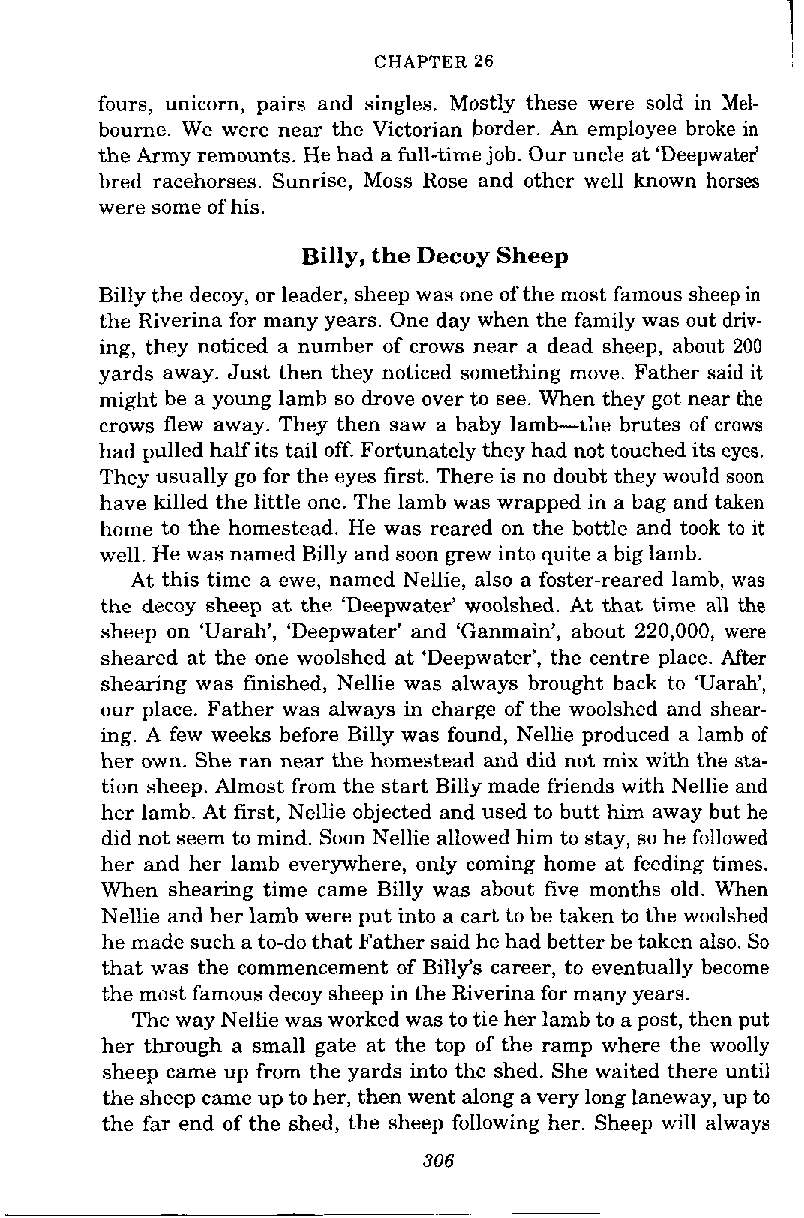
CHAPTER 26
 fours, unicorn, pairs and singles. Mostly these were sold in Mel-
 bourne. We were near the Victorian border. An employee broke in
 the Army remounts. He had a full-time job. Our uncle at 'Deepwater'
 bred racehorses. Sunrise, Moss Rose and other well known horses
 were some of his.
 Billy, the Decoy Sheep
 Billy the decoy, or leader, sheep was one of the most famous sheep in
 the Riverina for many years. One day when the family was out driv-
 ing, they noticed a number of crows near a dead sheep, about 200
 yards away. Just then they noticed something move. Father said it
 might be a young lamb so drove over to see. When they got near the
 crows flew away. They then saw a baby lamb--the brutes of crows
 had pulled half its tail off. Fortunately they had not touched its eyes.
 They usually go for the eyes first. There is no doubt they would soon
 have killed the little one. The lamb was wrapped in a bag and taken
 home to the homestead. He was reared on the bottle and took to it
 well. He was named Billy and soon grew into quite a big lamb.
 At this time a ewe, named Nellie, also a foster-reared lamb, was
 the decoy sheep at the 'Deepwater' woolshed. At that time all the
 sheep on 'Uarah', 'Deepwater' and 'Ganmain', about 220,000, were
 sheared at the one woolshed at 'Deepwater', the centre place. After
 shearing was finished, Nellie was always brought back to 'Uarah',
 our place. Father was always in charge of the woolshed and shear-
 ing. A few weeks before Billy was found, Nellie produced a lamb of
 her own. She ran near the homestead and did not mix with the sta-
 tion sheep. Almost from the start Billy made friends with Nellie and
 her lamb. At first, Nellie objected and used to butt him away but he
 did not seem to mind. Soon Nellie allowed him to stay, so he followed
 her and her lamb everywhere, only coming home at feeding times.
 When shearing time came Billy was about five months old. When
 Nellie and her lamb were put into a cart to be taken to the woolshed
 he made such a to-do that Father said he had better be taken also. So
 that was the commencement of Billy's career, to eventually become
 the most famous decoy sheep in the Riverina for many years.
 The way Nellie was worked was to tie her lamb to a post, then put
 her through a small gate at the top of the ramp where the woolly
 sheep came up from the yards into the shed. She waited there until
 the sheep came up to her, then went along a very long laneway, up to
 the far end of the shed, the sheep following her. Sheep will always
 306